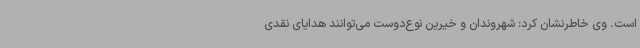
است. وی خاطرنشان کرد: شهروندان و خیرین نوع‌دوست می‌توانند هدایای نقدی